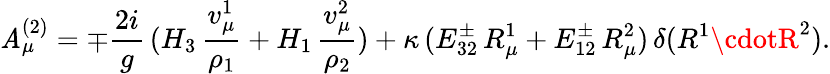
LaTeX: \mathit{A}_{\mu}^{(2)}=\mp{\frac{{2i}}{{g}}}\, (H_{3}\, {\frac{{v_{\mu}^{1}}}{{\rho_{1}}}}+H_{1}\, {\frac{{v_{\mu}^{2}}}{{\rho_{2}}}})+\kappa\, (E_{32}^{\pm}\, R_{\mu}^{1}+E_{12}^{\pm}\, R_{\mu}^{2})\, \delta(R^{1}\cdotR^{2}).